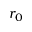
r _ { 0 }